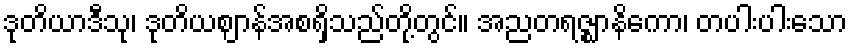
ဒုတိယာဒီသု၊ ဒုတိယဈာန်အစရှိသည်တို့တွင်။ အညတရဇ္ဈာနိကော၊ တပါးပါးသော